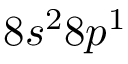
8 s ^ { 2 } 8 p ^ { 1 }